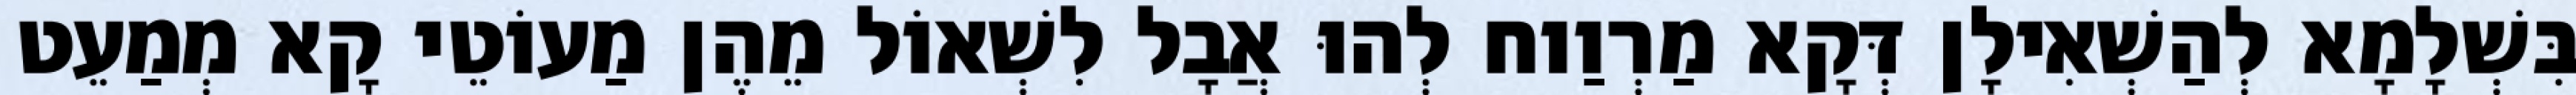
בִּשְׁלָמָא לְהַשְׁאִילָן דְּקָא מַרְוַוח לְהוּ אֲבָל לִשְׁאוֹל מֵהֶן מַעוֹטֵי קָא מְמַעֵט